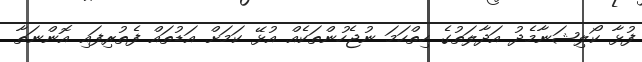
ފުޅާ ކޯލިޝަނާމެދު އަދާލަތުގެ ހިތްހަމަ ނުޖެހުންތަކެއް އުޅޭ ކަމަށް އަޑުތައް ފެތުރިފައި އޮންނަތާ